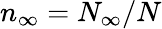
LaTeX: n_{\infty}=N_{\infty}/N